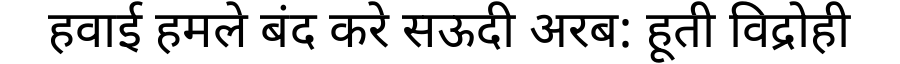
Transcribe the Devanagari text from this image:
हवाई हमले बंद करे सऊदी अरब: हूती विद्रोही